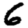
Digit: 6